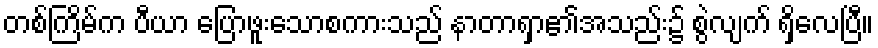
တစ်ကြိမ်က ပီယာ ပြောဖူးသောစကားသည် နာတာရှာ၏အသည်း၌ စွဲလျက် ရှိလေပြီ။